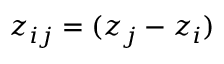
z _ { i j } = ( z _ { j } - z _ { i } )